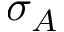
\sigma _ { A }